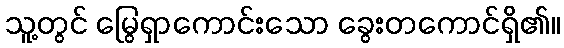
သူ့တွင် မြွေရှာကောင်းသော ခွေးတကောင်ရှိ၏။